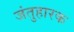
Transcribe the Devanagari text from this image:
जंतुहारक